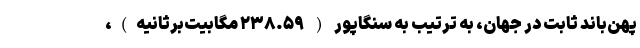
پهن‌باند ثابت در جهان، به ترتیب به سنگاپور ( ۲۳۸.۵۹ مگابیت‌برثانیه)،